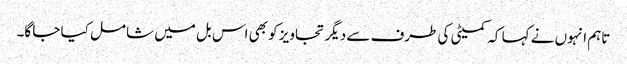
تاہم انہوں نے کہا کہ کمیٹی کی طرف سے دیگر تجاویز کو بھی اس بل میں شامل کیا جا گا۔